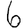
Digit: 6